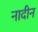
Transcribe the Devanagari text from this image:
नादीन